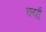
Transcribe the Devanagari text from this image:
क्याँ